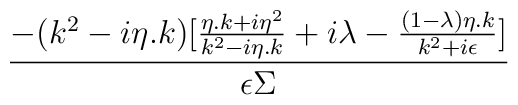
\frac{-(k^{2}-i\eta .k)[\frac{\eta .k+i\eta ^{2}}{k^{2}-i\eta .k}+i\lambda -\frac{(1-\lambda )\eta .k}{k^{2}+i\epsilon }]}{\epsilon \Sigma }